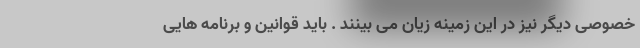
خصوصی دیگر نیز در این زمینه زیان می بینند . باید قوانین و برنامه هایی